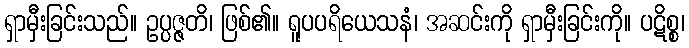
ရှာမှီးခြင်းသည်။ ဥပ္ပဇ္ဇတိ၊ ဖြစ်၏။ ရူပပရိယေသနံ၊ အဆင်းကို ရှာမှီးခြင်းကို။ ပဋိစ္စ၊